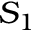
S _ { 1 }